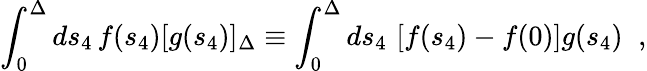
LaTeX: \int_{0}^{\Delta}ds_{4}\, f(s_{4})[g(s_{4})]_{\Delta}\equiv\int_{0}^{\Delta}ds_{4}\, \left[f(s_{4})-f(0)\right]g(s_{4})\; \; ,